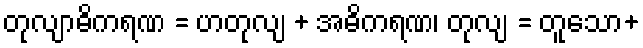
တုလျာဓိကရဏ = ဟတုလျ + အဓိကရဏ၊ တုလျ = တူသော+